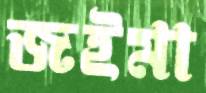
জইমা